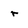
Character: r